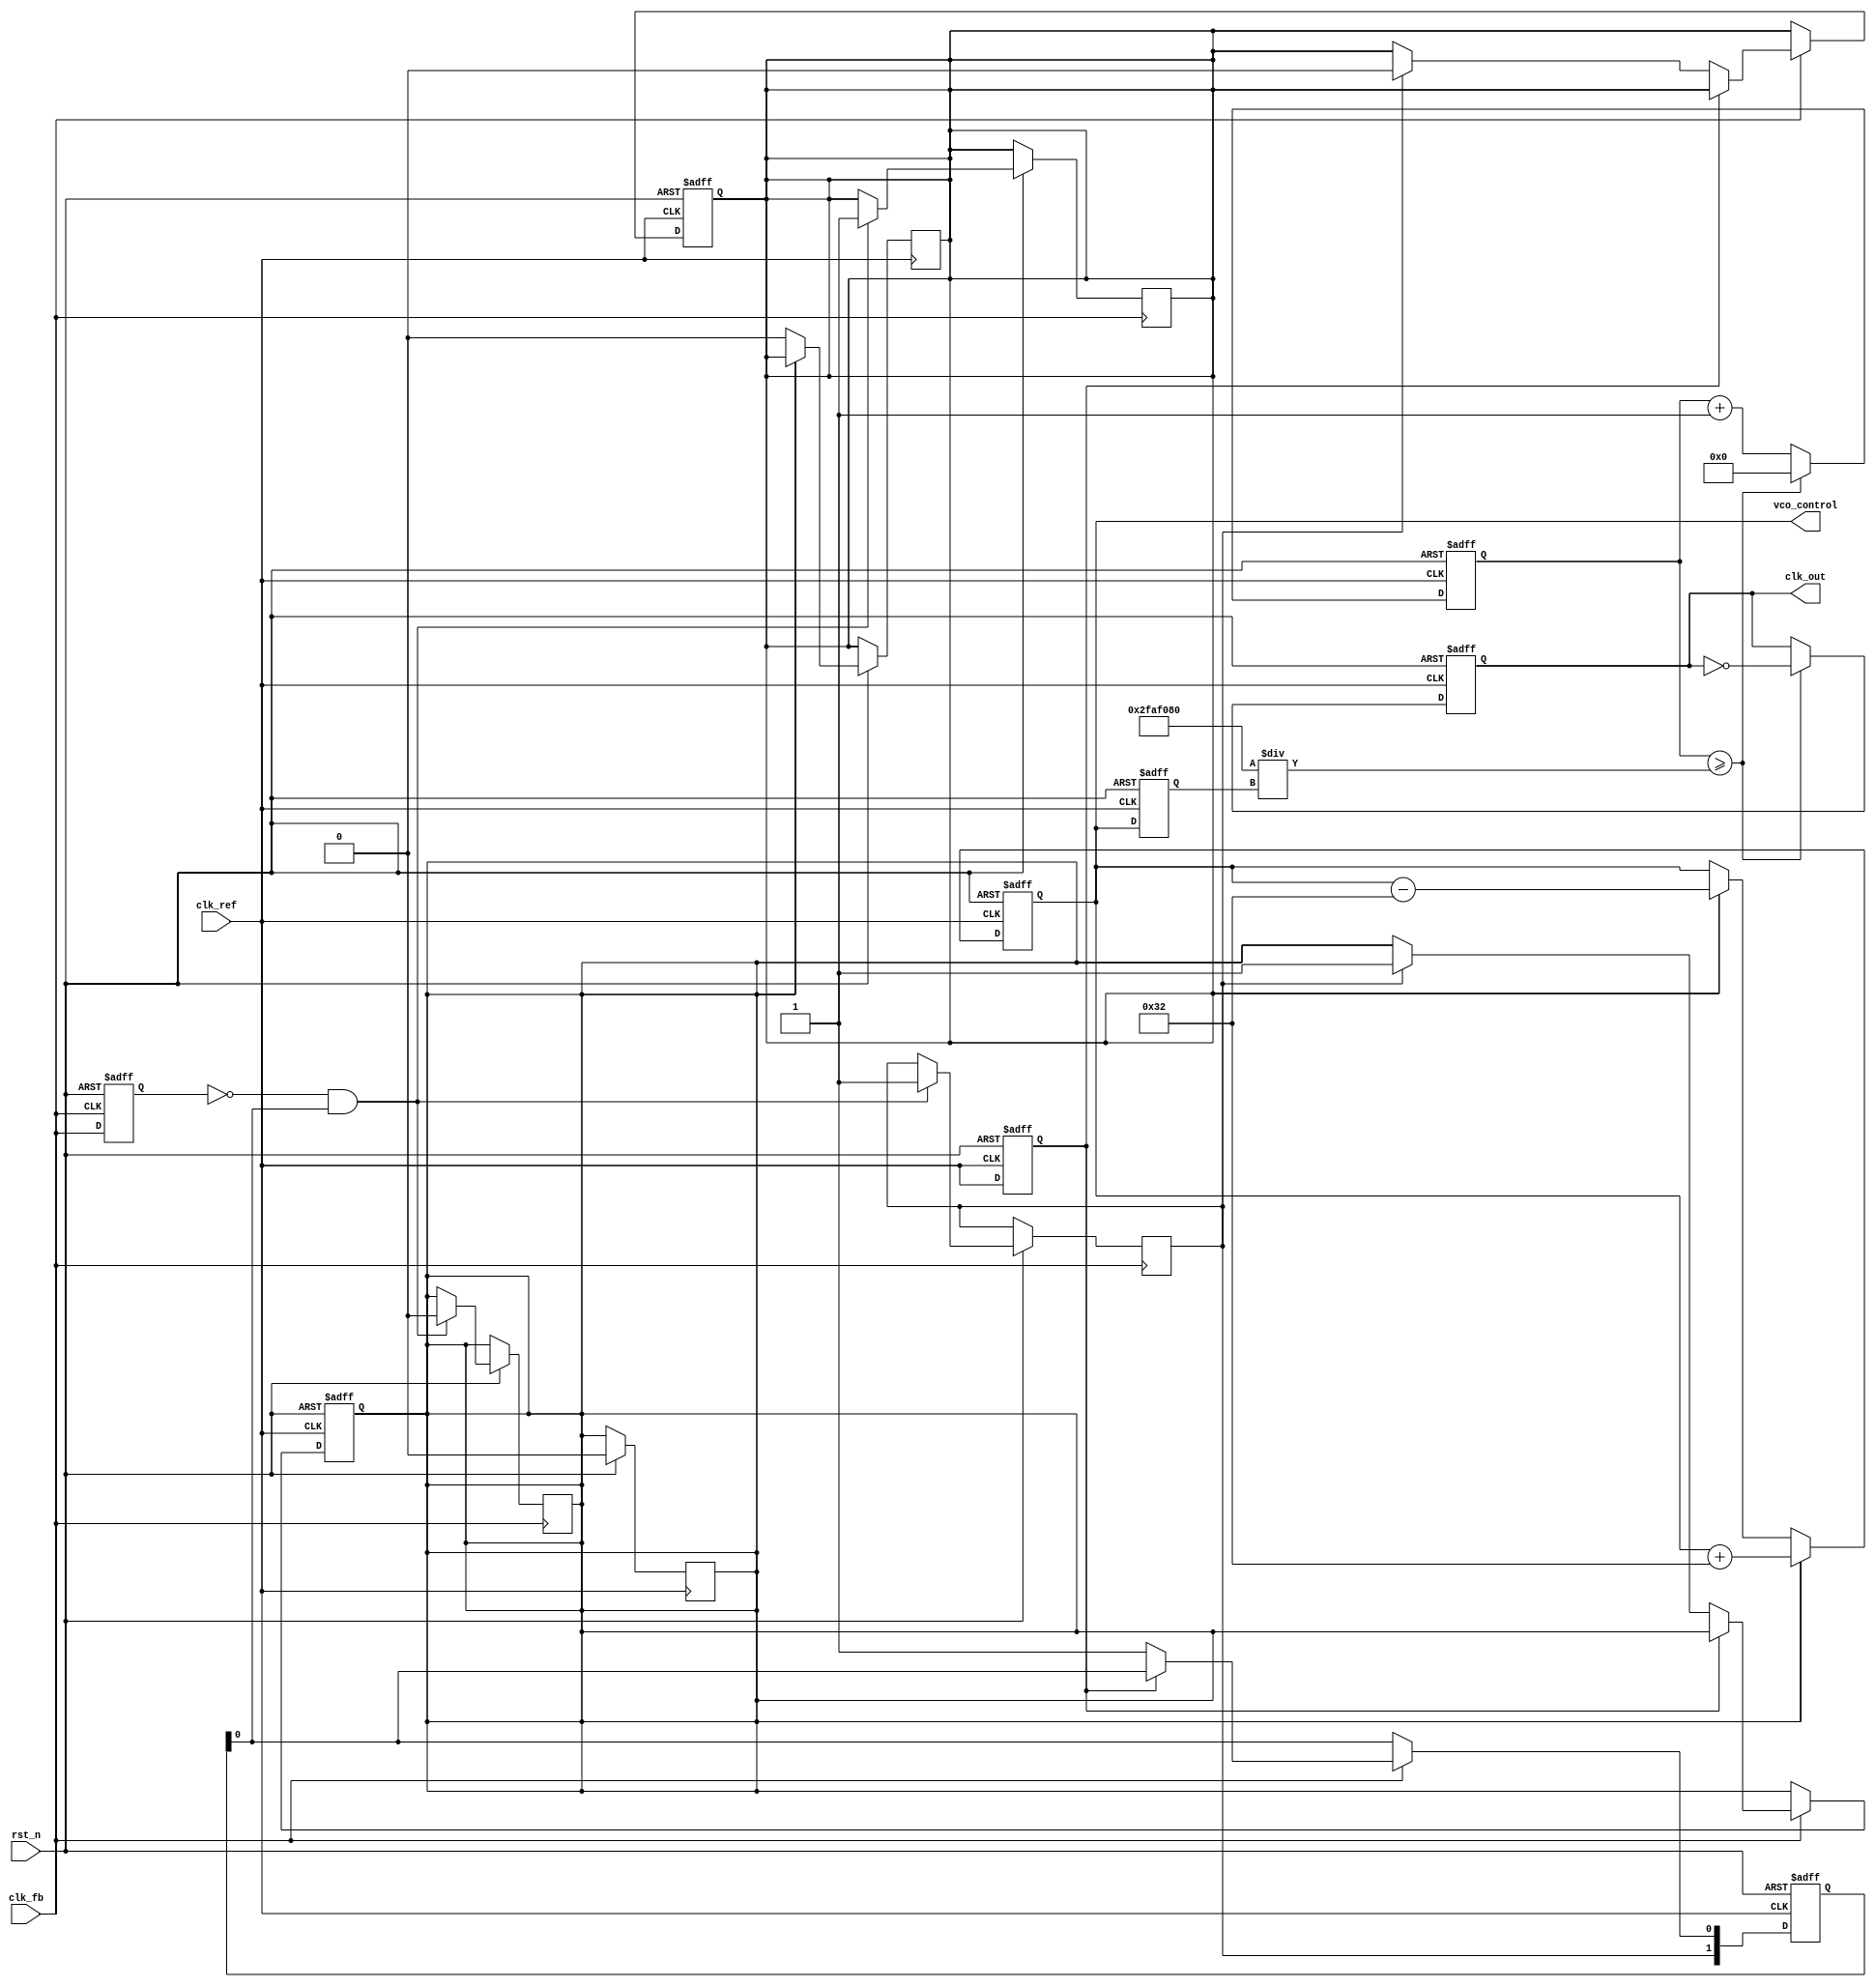
module CPPLL (
    input wire clk_ref,       // Reference clock
    input wire clk_fb,        // Feedback clock from VCO
    input wire rst_n,         // Active low reset
    output reg clk_out,       // Output clock
    output reg [7:0] vco_control // Control voltage for VCO
);

// PFD signals
reg pfd_up, pfd_down;
reg last_ref_clk, last_fb_clk;
reg [1:0] pfd_state;

// Charge Pump current levels
parameter UP_CURRENT = 8'd5;   // Charge current
parameter DOWN_CURRENT = 8'd5;  // Discharge current

// Loop Filter parameters
parameter FILTER_COEF = 8'd10;  // Simplified loop filter gain

// VCO parameters (simple model)
reg [7:0] vco_freq;             // VCO frequency control
reg [31:0] vco_counter;

// PFD logic
always @(posedge clk_ref or negedge rst_n) begin
    if (!rst_n) begin
        last_ref_clk <= 0;
        pfd_up <= 0;
        pfd_down <= 0;
        pfd_state <= 2'b00;
    end else begin
        if (clk_fb) begin
            if (last_ref_clk == 0) begin
                if (pfd_state[1]) begin // Rising edge
                    pfd_up <= 1;
                    pfd_down <= 0;
                end
                pfd_state[0] <= 1; // Set state to indicate it has seen a ref clock
            end
        end
        
        last_ref_clk <= clk_ref;
    end
end

always @(posedge clk_fb or negedge rst_n) begin
    if (!rst_n) begin
        last_fb_clk <= 0;
    end else begin
        if (last_fb_clk == 0 && pfd_state[0] == 1) begin
            // Detect falling edge of feedback clock
            pfd_down <= 1;
            pfd_up <= 0;
            pfd_state[1] <= 1; // State indicates clock feedback detected
        end
        last_fb_clk <= clk_fb;
    end
end

// Charge Pump Logic
always @(posedge clk_ref or negedge rst_n) begin
    if (!rst_n) begin
        vco_control <= 8'd0;
    end else begin
        if (pfd_up) begin
            vco_control <= vco_control + UP_CURRENT * FILTER_COEF;
            pfd_up <= 0; // Reset UP signal
        end else if (pfd_down) begin
            vco_control <= vco_control - DOWN_CURRENT * FILTER_COEF;
            pfd_down <= 0; // Reset DOWN signal
        end
    end
end

// VCO Logic (simple model)
always @(posedge clk_ref or negedge rst_n) begin
    if (!rst_n) begin
        vco_freq <= 8'd120; // Starting frequency
        clk_out <= 0;
        vco_counter <= 0;
    end else begin
        // Adjust VCO frequency based on the control signal (simplistic approach)
        vco_freq <= vco_control; // Control voltage directly affects VCO frequency
        
        // Generate VCO output clock
        if (vco_counter >= (50000000 / vco_freq)) begin // Assuming clk_ref is 50MHz
            clk_out <= ~clk_out;
            vco_counter <= 0; // Reset the counter
        end else begin
            vco_counter <= vco_counter + 1;
        end
    end
end

endmodule